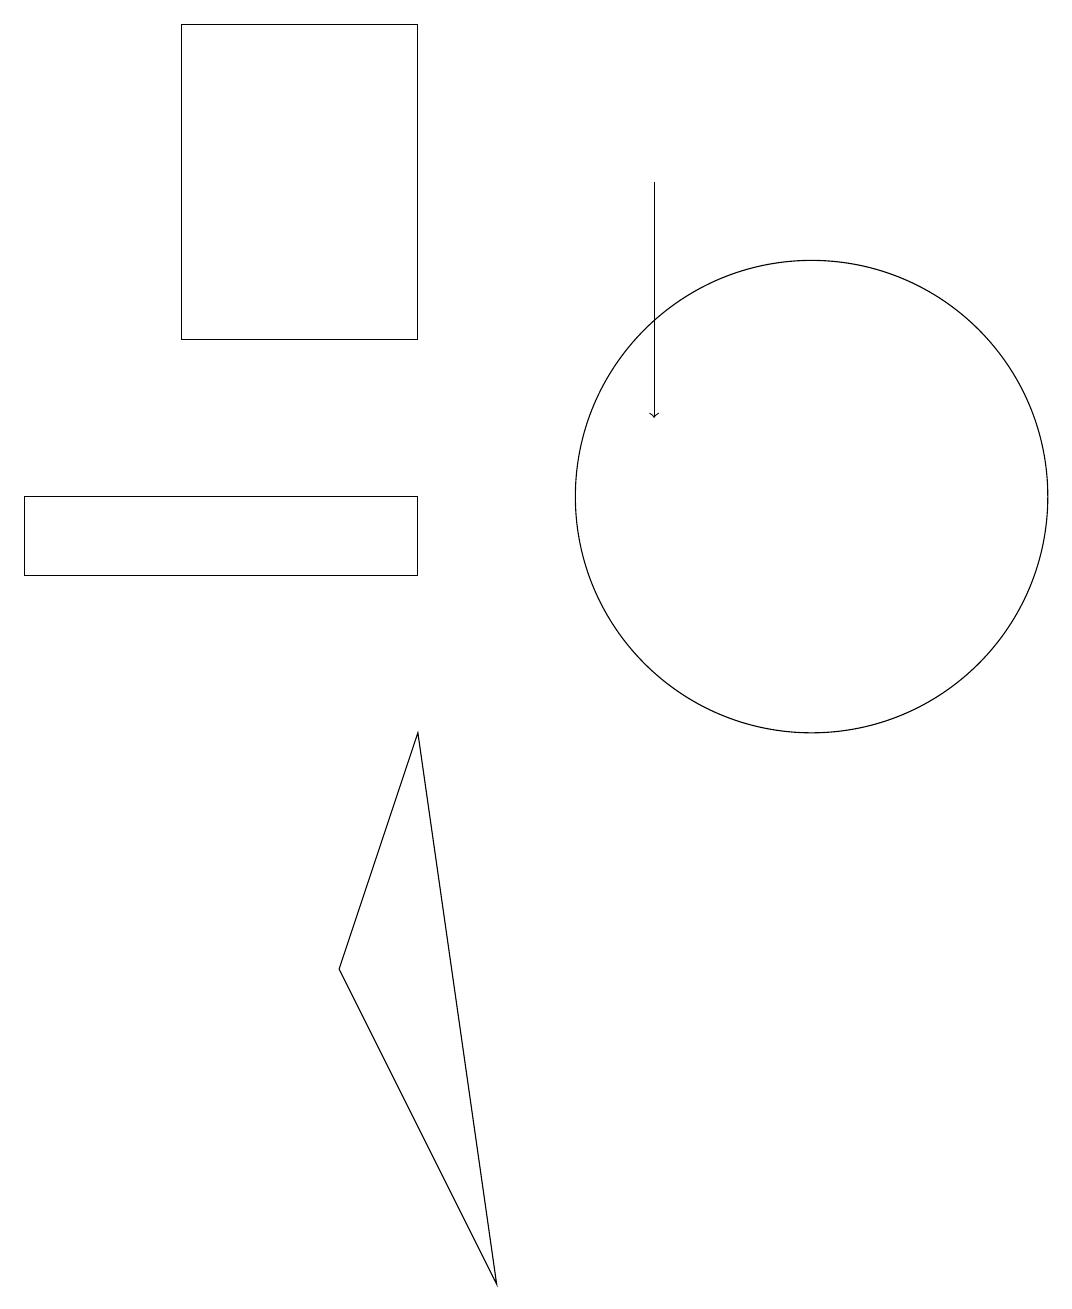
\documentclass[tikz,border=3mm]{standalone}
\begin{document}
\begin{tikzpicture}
\draw (6,2) -- (5,9) -- (4,6) -- cycle;
\draw (0,12) rectangle (5,11);
\draw (2,14) rectangle (5,18);
\draw[->] (8,16) -- (8,13);
\draw (10,12) circle (3);
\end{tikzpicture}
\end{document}